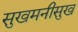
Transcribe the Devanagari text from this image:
सुखमनीसुख